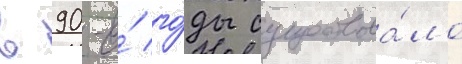
в 90-е́ го́ды существова́ло